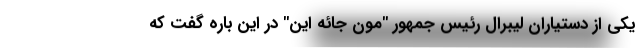
یکی از دستیاران لیبرال رئیس جمهور "مون جائه این" در این باره گفت که